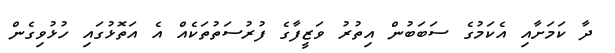
ދާ ކަމަށާއި އެކަމުގެ ސަބަބުން އިތުރު ވަޒީފާގެ ފުރުސަތުތަކެއް އެ އަތޮޅުގައި ހުޅުވިގެން